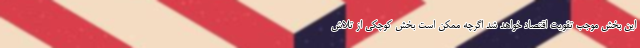
این بخش موجب تقویت اقتصاد خواهد شد اگرچه ممکن است بخش کوچکی از تلاش